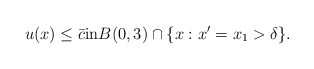
\begin{align*}u(x) \leq \bar c \textrm{in} B(0,3) \cap \{x : x' = x_1 > \delta\}.\end{align*}